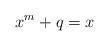
LaTeX: \begin{align*}x^m+q=x\end{align*}